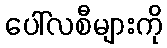
ပေါ်လစီများကို